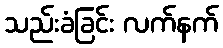
သည်းခံခြင်း လက်နက်